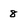
Character: 8